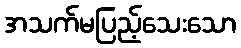
အသက်မပြည့်သေးသော